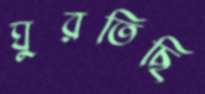
ঘুরতিছি